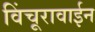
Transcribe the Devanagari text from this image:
विंचूरावाईन